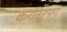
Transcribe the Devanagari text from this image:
करनिरूपण